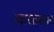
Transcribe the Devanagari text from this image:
।वास्तवजन